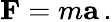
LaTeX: \mathbf{F}=m\mathbf{a}\, .